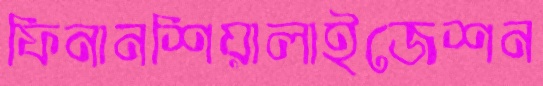
ফিনানশিয়ালাইজেশন